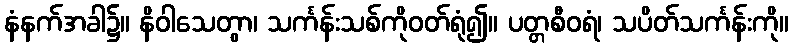
နံနက်အခါ၌။ နိဝါသေတွာ၊ သင်္ကန်းသစ်ကိုဝတ်ရုံ၍။ ပတ္တစီဝရံ၊ သပိတ်သင်္ကန်းကို။